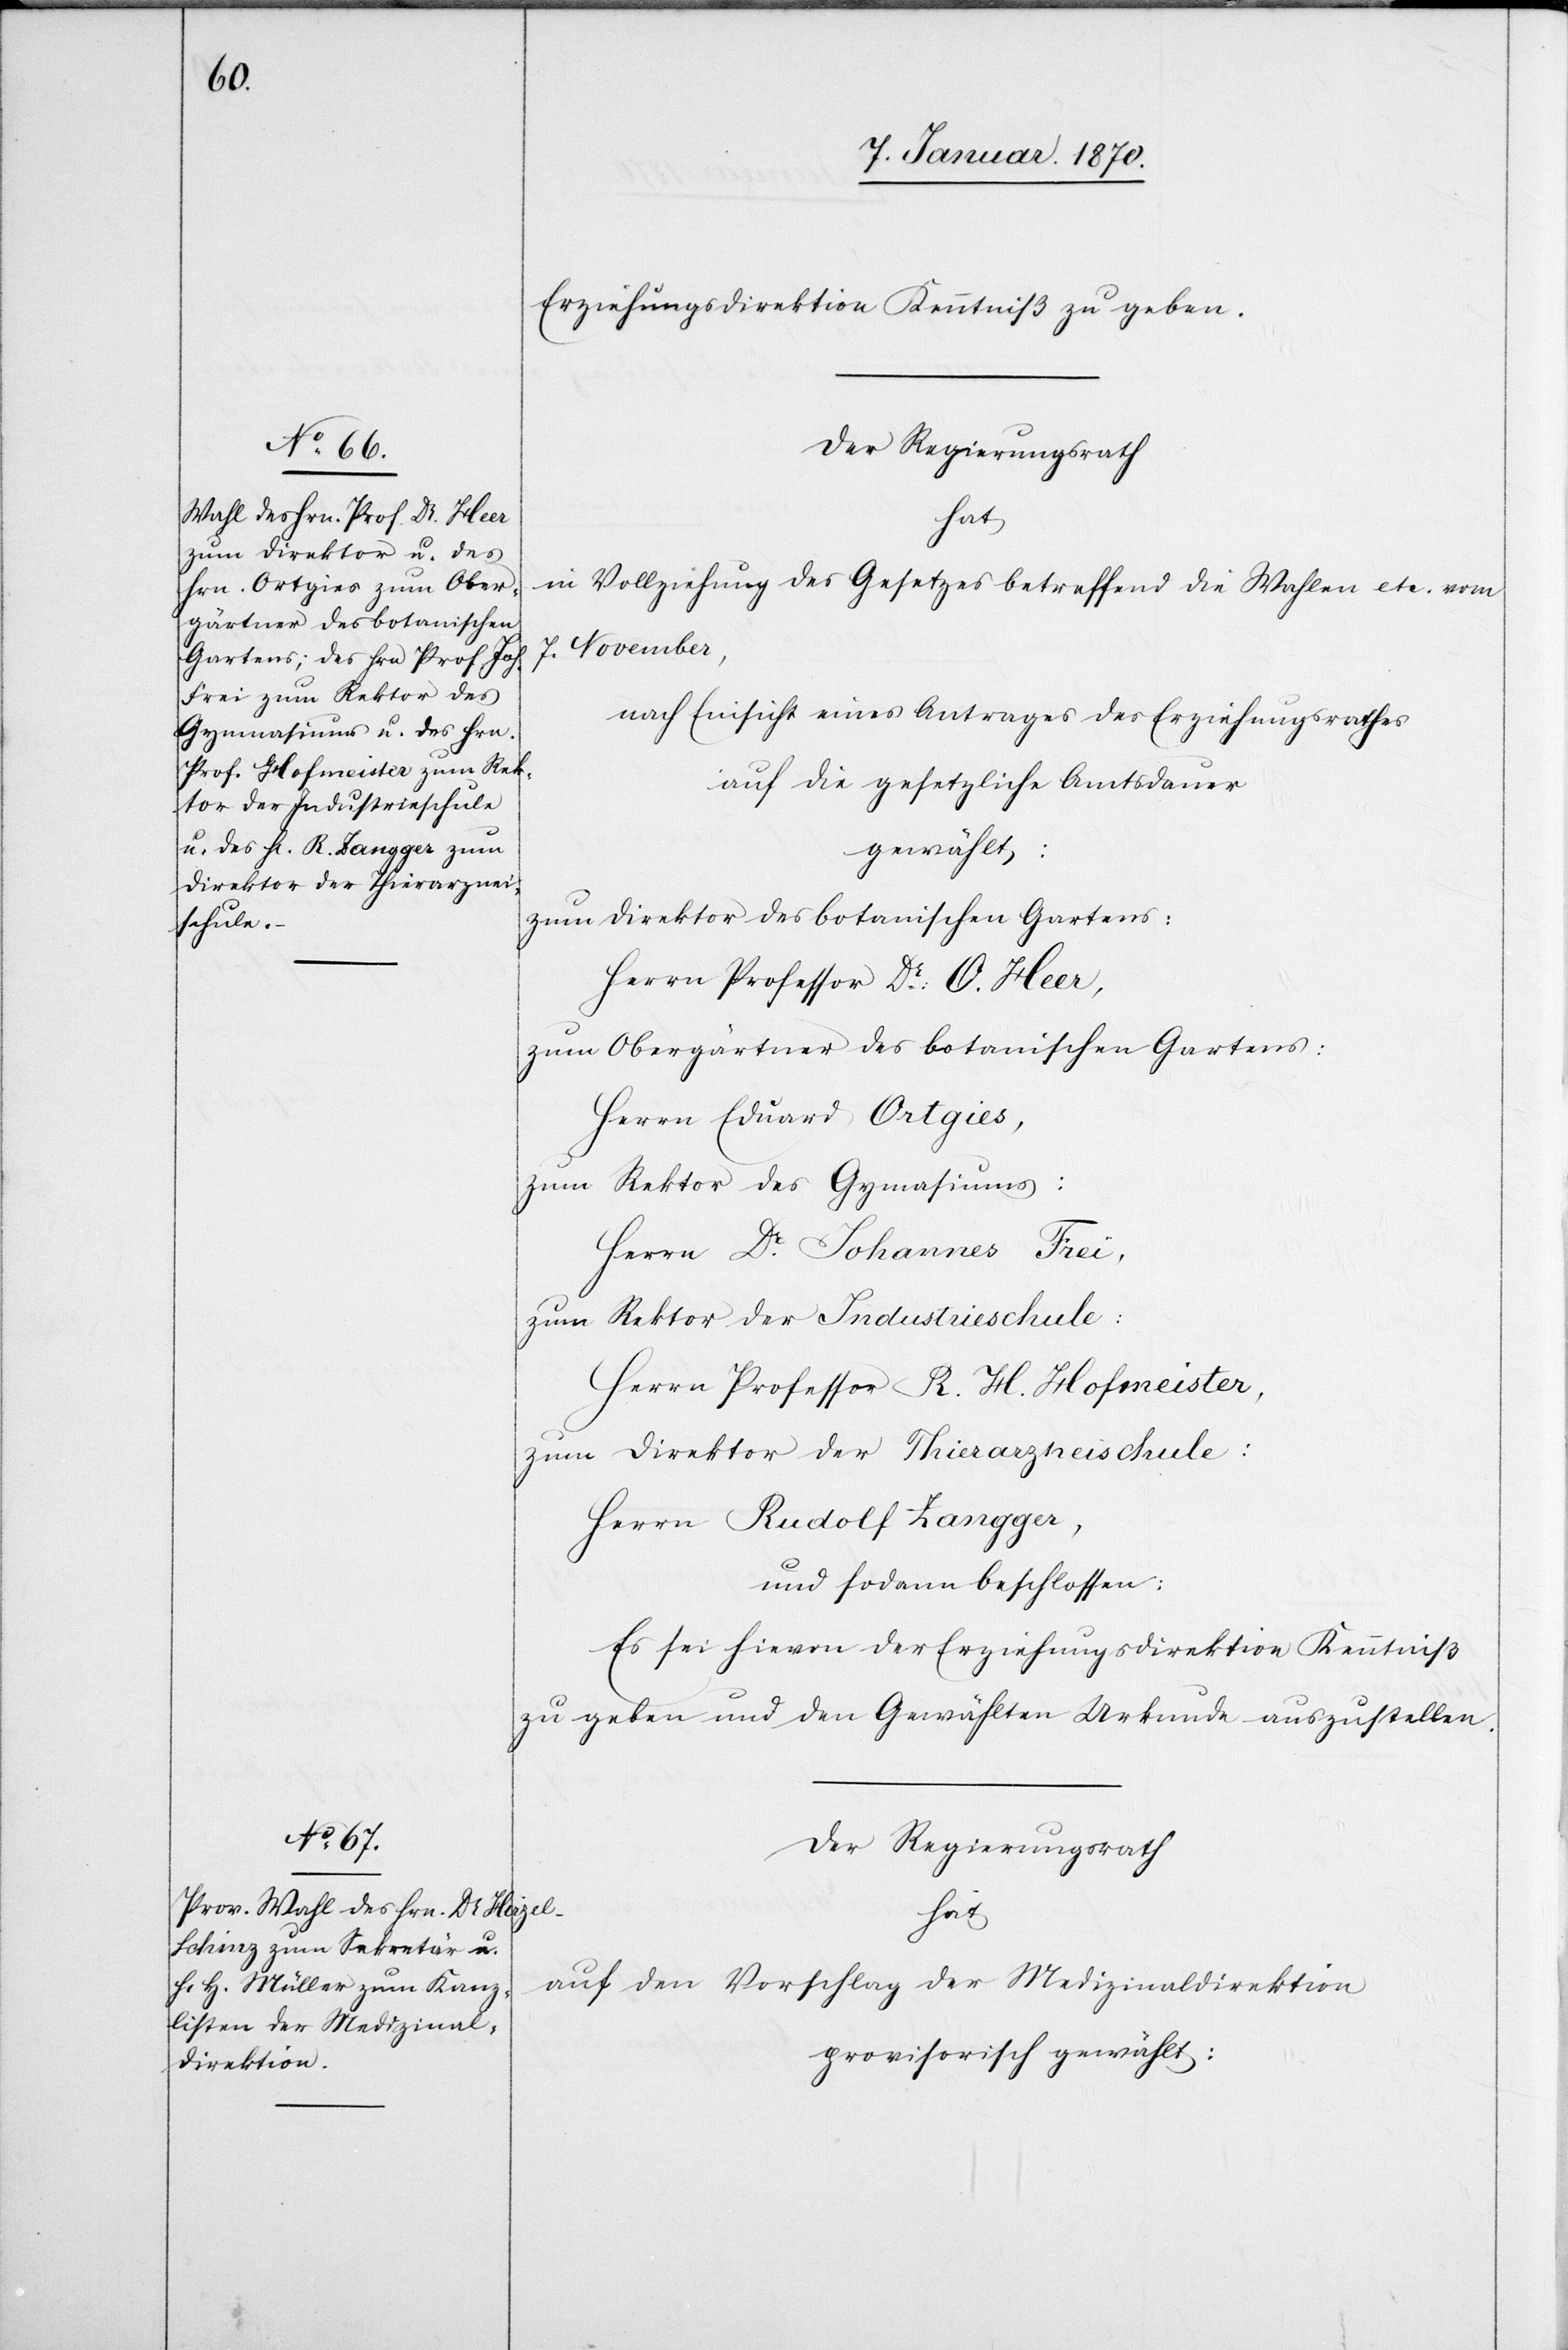
Erziehungsdirektion Kenntniß zu geben.
in Vollziehung des Gesetzes betreffend die Wahlen etc. vom
7. November,
nach Einsicht eines Antrages des Erziehungsrathes
auf die gesetzliche Amtsdauer
gewählt:
zum Direktor des botanischen Gartens:
Herrn Professor Dr. O. Heer,
zum Obergärtner des botanischen Gartens:
Herrn Eduard Ortgies,
zum Rektor des Gym[n]asiums:
Herrn Dr. Johannes Frei,
zum Rektor der Industrieschule:
Herrn Professor R. H. Hofmeister,
zum Direktor der Thierarzneischule:
Herrn Rudolf Zangger,
und sodann beschlossen:
Es sei hievon der Erziehungsdirektion Kenntniß
zu geben und den Gewählten Urkunde auszustellen.
Der Regierungsrath
hat
auf den Vorschlag der Medizinaldirektion
provisorisch gewählt: